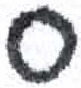
אות: ס